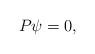
LaTeX: \begin{align*}P\psi=0,\end{align*}